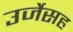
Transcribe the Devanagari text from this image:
उर्जेसह